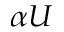
\alpha U